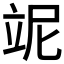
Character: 𥩥